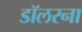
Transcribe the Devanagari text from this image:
डॉलरना